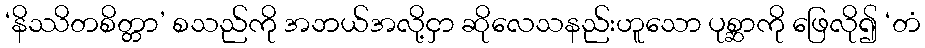
‘နိဿိတစိတ္တာ’ စသည်ကို အဘယ်အလို့ငှာ ဆိုလေသနည်းဟူသော ပုစ္ဆာကို ဖြေလို၍ ‘တံ